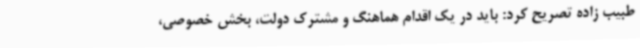
طبیب زاده تصریح کرد: باید در یک اقدام هماهنگ و مشترک دولت، بخش خصوصی،